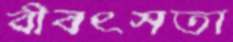
বীবৎসতা